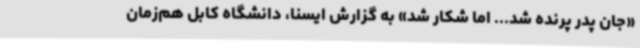
«جان پدر پرنده شد... اما شکار شد» به گزارش ایسنا، دانشگاه کابل هم‌زمان